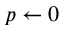
p \leftarrow 0